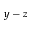
y - z